Indian journal of veterinary science and animal husbandry - Volume 14,
Year: 1944
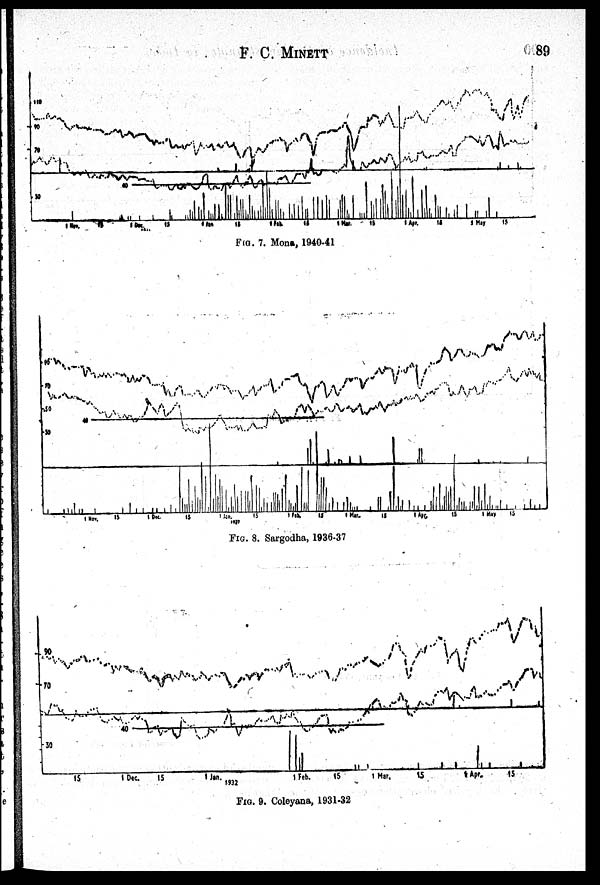
F.
C.
MINETT
89
FIG. 7. Mona, 1940-41
FIG. 8. Sargodha, 1936-37
FIG. 9. Coleyana, 1931-32